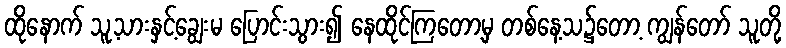
ထိုနောက် သူ့သားနှင့်ချွေးမ ပြောင်းသွား၍ နေထိုင်ကြတော့မှ တစ်နေ့သ၌တော့ ကျွန်တော် သူတို့